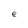
Character: e